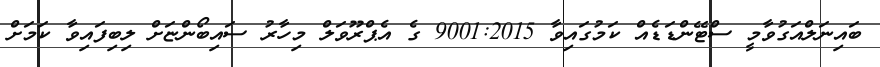
ބައިނަލްއަގުވާމީ ސްޓޭންޑަޑެއް ކަމުގައިވާ 9001:2015 ގެ އެޕްރޫވަލް މިހާރު ސައިބޯންޏަށް ލިބިފައިވާ ކަމަށް